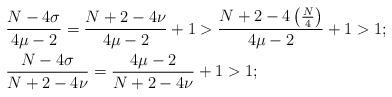
LaTeX: \begin{align*}\,& \frac{N-4\sigma}{4\mu-2} = \frac{N+2-4\nu}{4\mu-2} + 1 > \frac{N+2-4\left(\frac{N}{4}\right)}{4\mu-2} + 1 > 1;\\\,& \frac{N-4\sigma}{N+2-4\nu} = \frac{ 4\mu-2}{N+2-4\nu} + 1 > 1;\end{align*}